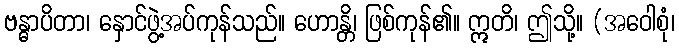
ဗန္ဓာပိတာ၊ နှောင်ဖွဲ့အပ်ကုန်သည်။ ဟောန္တိ၊ ဖြစ်ကုန်၏။ ဣတိ၊ ဤသို့။ (အဝေါစုံ၊